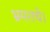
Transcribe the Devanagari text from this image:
भ्रमराचे।